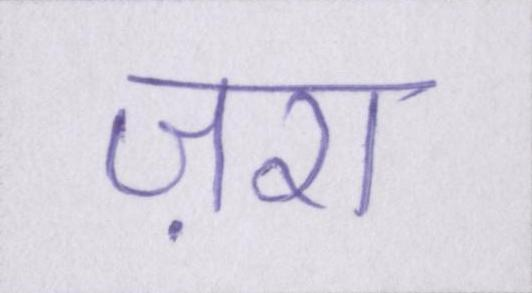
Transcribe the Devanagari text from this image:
ज़रा